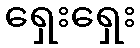
ရှေးရှေး